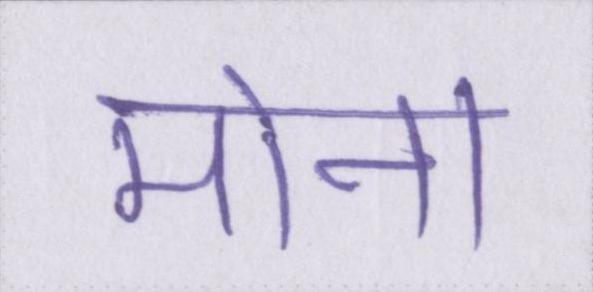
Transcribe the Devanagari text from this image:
मोना